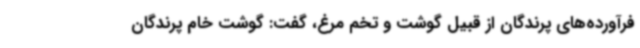
فرآورده‌های پرندگان از قبیل گوشت و تخم مرغ، گفت: گوشت خام پرندگان